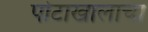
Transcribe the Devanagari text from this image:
पोटाखालाचा